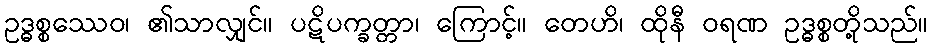
ဥဒ္ဓစ္စဿေဝ၊ ၏သာလျှင်။ ပဋိပက္ခတ္တာ၊ ကြောင့်။ တေဟိ၊ ထိုနီ ဝရဏ ဥဒ္ဓစ္စတို့သည်။